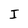
Character: I